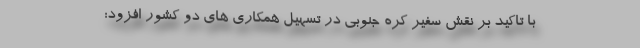
با تاکید بر نقش سفیر کره جنوبی در تسهیل همکاری های دو کشور افزود: